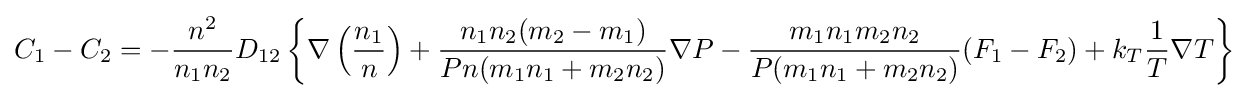
C_{1}-C_{2}=-{\frac {n^{2}}{n_{1}n_{2}}}D_{12}\left\{\nabla \left({\frac {n_{1}}{n}}\right)+{\frac {n_{1}n_{2}(m_{2}-m_{1})}{Pn(m_{1}n_{1}+m_{2}n_{2})}}\nabla P-{\frac {m_{1}n_{1}m_{2}n_{2}}{P(m_{1}n_{1}+m_{2}n_{2})}}(F_{1}-F_{2})+k_{T}{\frac {1}{T}}\nabla T\right\}